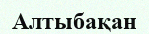
Алтыбақан